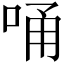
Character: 𠳀